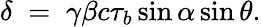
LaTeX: \delta\; =\; \gamma\beta c\tau_{b}\sin{\alpha}\sin{\theta}.